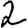
Digit: 2